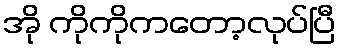
အို ကိုကိုကတော့လုပ်ပြီ